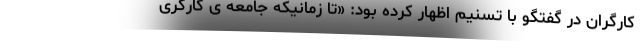
کارگران در گفتگو با تسنیم اظهار کرده بود: «تا زمانیکه جامعه ی کارگری